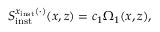
S _ { \mathrm { i n s t } } ^ { x _ { \mathrm { i n s t } } ( \cdot ) } ( x , z ) = c _ { 1 } \Omega _ { 1 } ( x , z ) ,